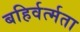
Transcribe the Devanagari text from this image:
बहिर्वर्त्मता